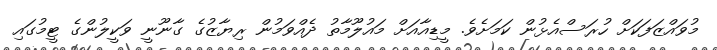
މުވައްޒަފަކަށް ހުރަސްއެޅުން ކަމަށެވެ. މީޑިއާއަށް މައުލޫމާތު ދެއްވަމުން ރިޔާޒުގެ ގާނޫނީ ވަކީލުންގެ ޓީމުގައި